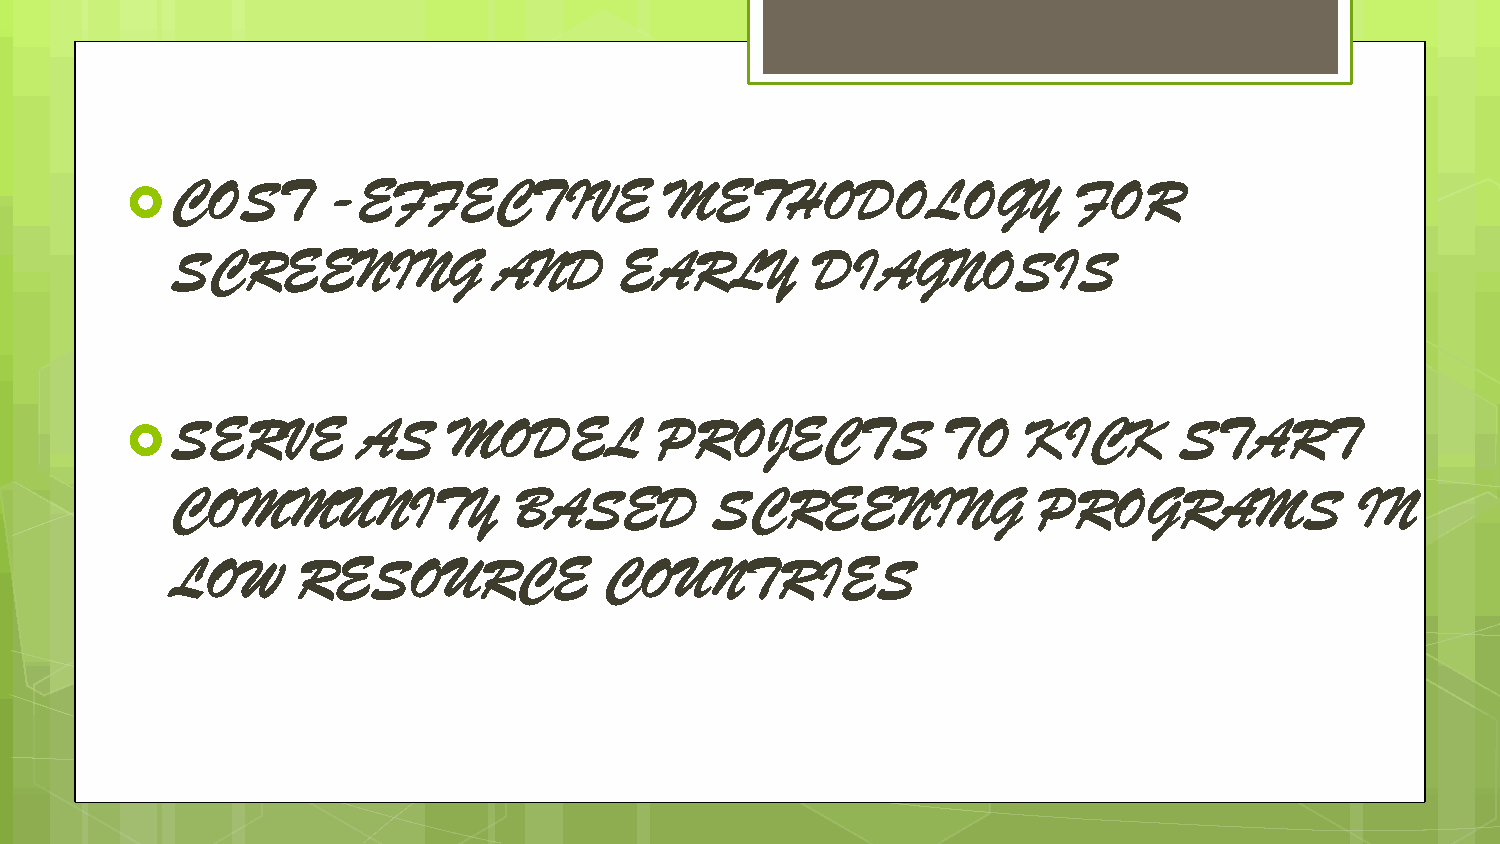
COST       -EFFECTIVE            METHODOLOGY                FOR
 
 SCREENING             AND     EARLY        DIAGNOSIS
 SERVE        AS    MODEL         PROJECTS          TO    KICK      START
 
 COMMUNITY              BASED        SCREENING             PROGRAMS             IN
 LOW      RESOURCE            COUNTRIES